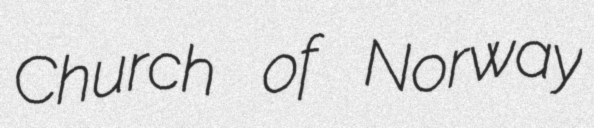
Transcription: Church of Norway